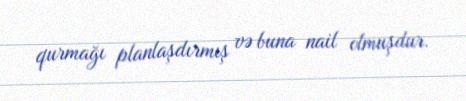
qurmağı planlaşdırmış və buna nail olmuşdur.